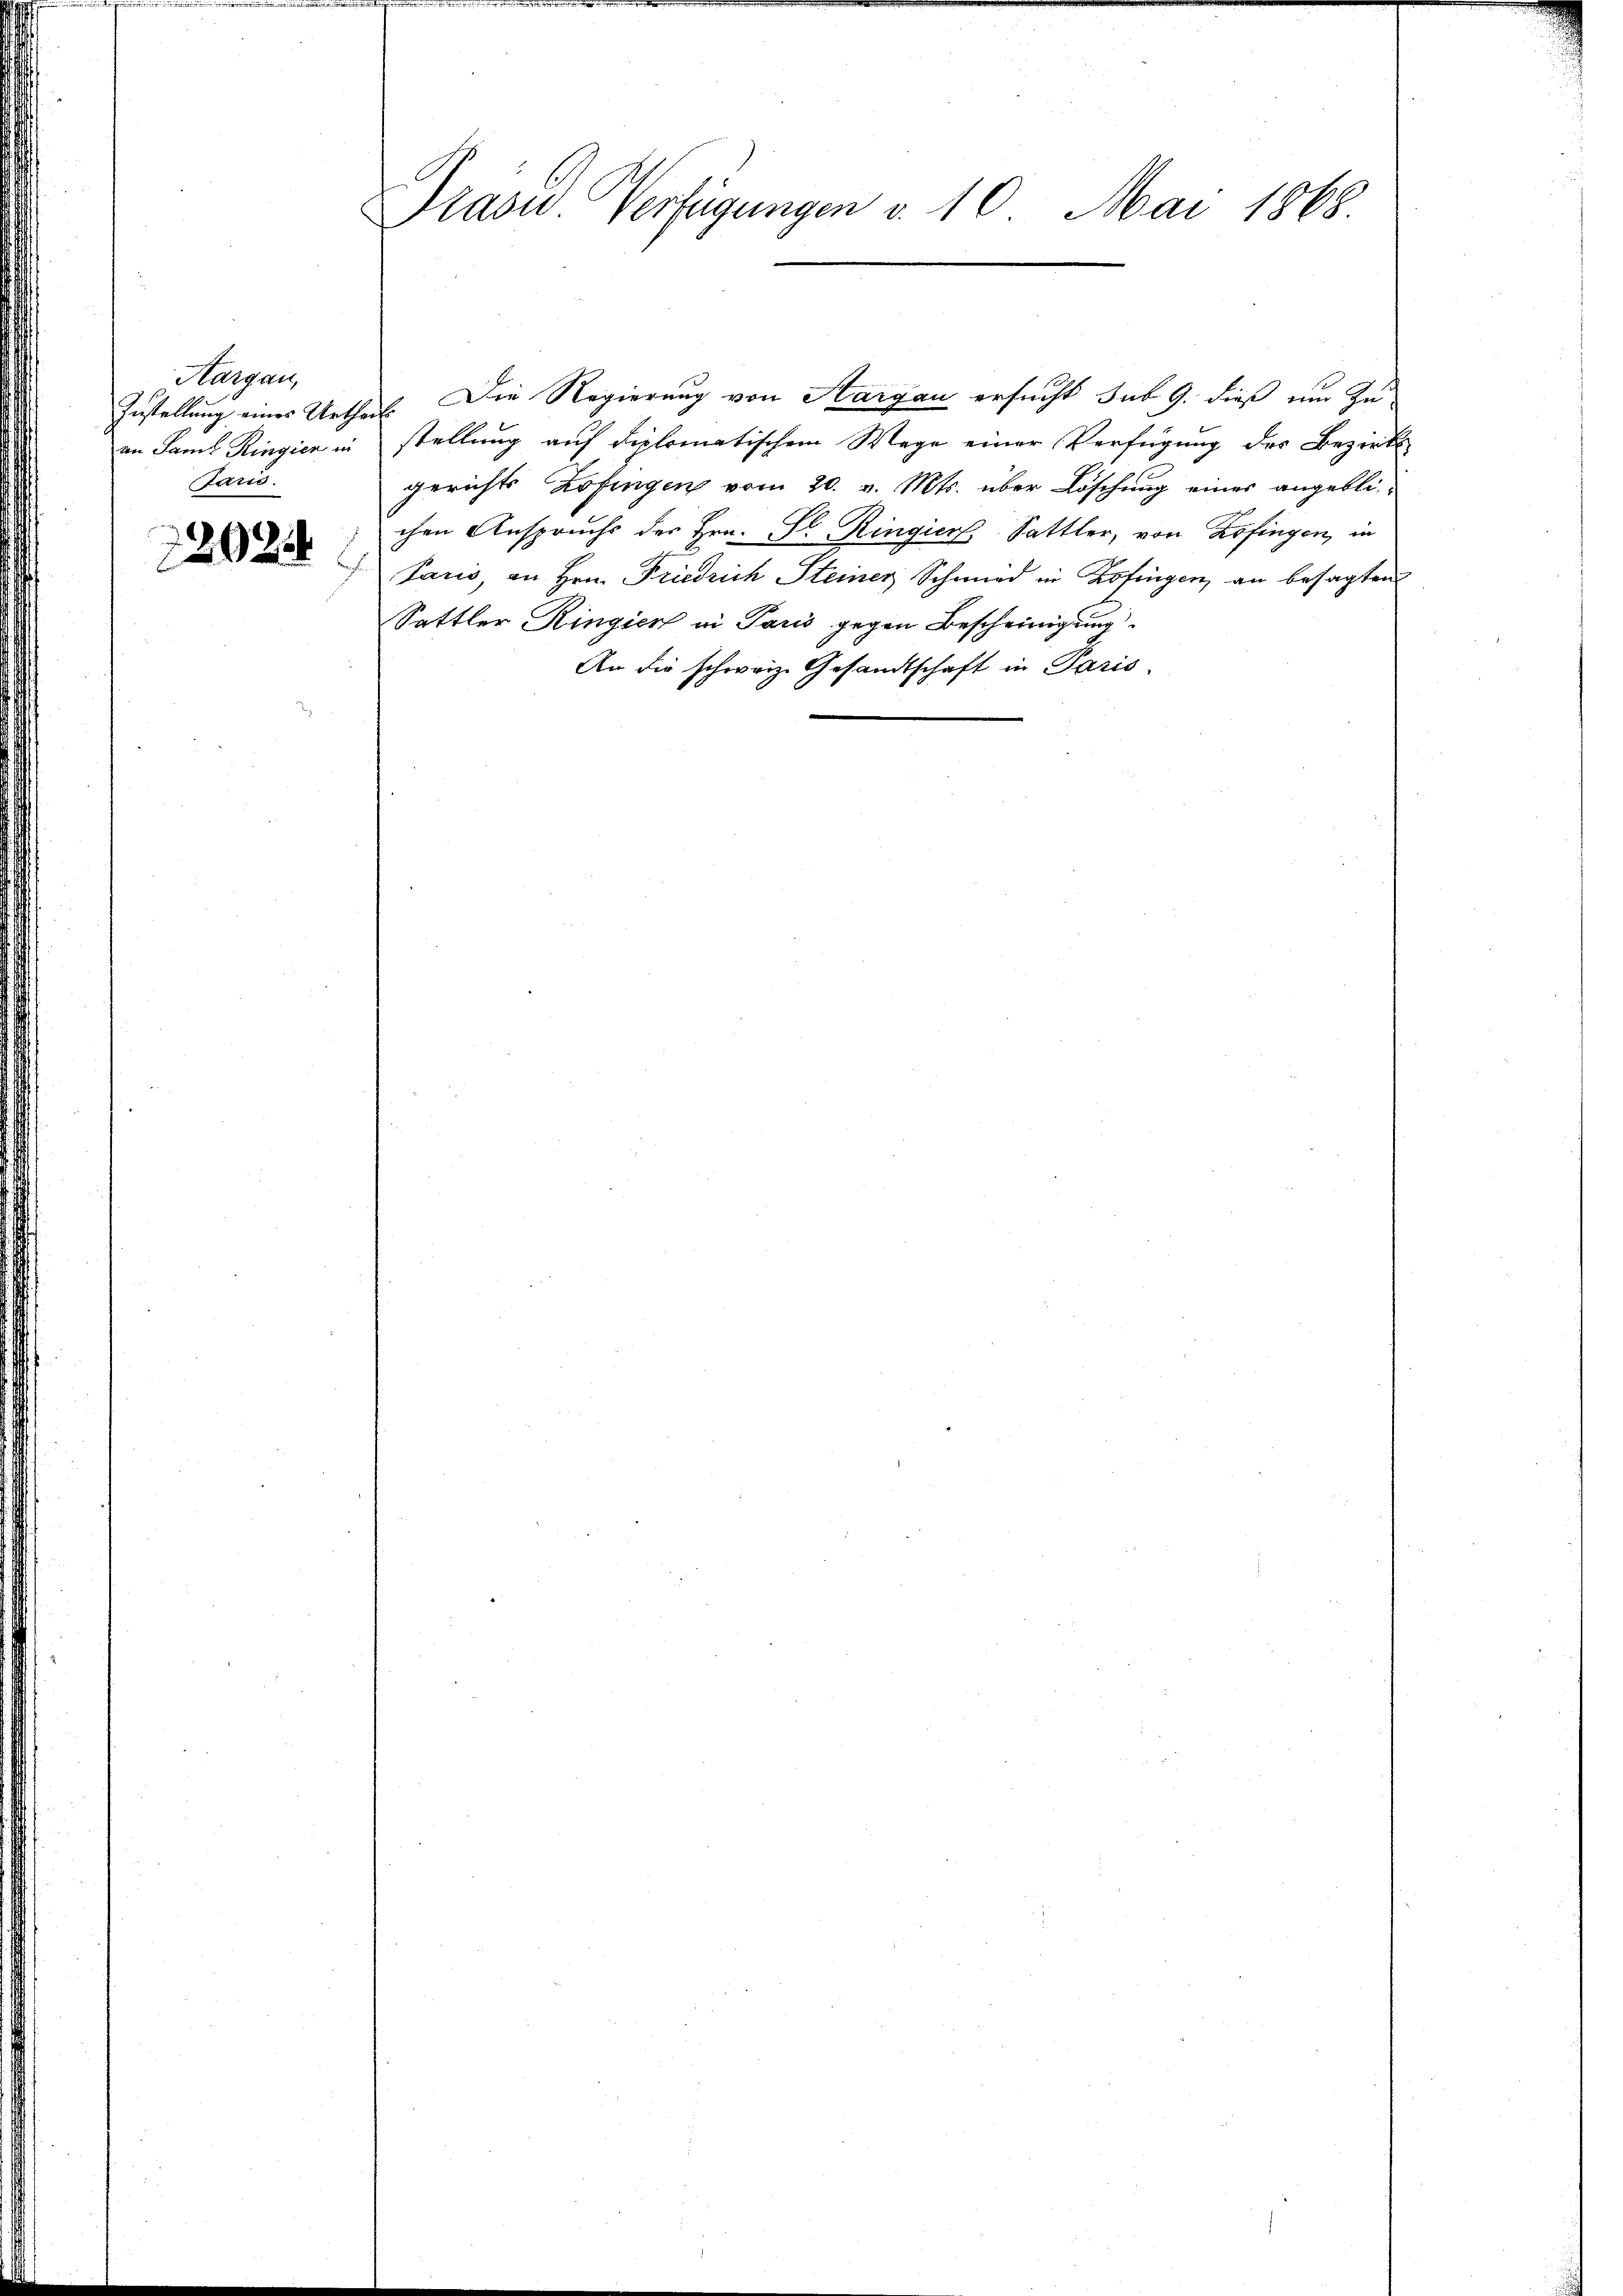
Aargau,
Instellung eines Urtheil.
Jaris.

120258

Präsid. Verfügungen v. 10. Mai 1868.

Die Regierung von Hargau ersucht sub 9. dieß um Zu-
an Samt Ringier in stellung auf diplomatischem Wege einer Verfügung des Bezirk
gerichts Zofingen vom 20. v. Mts. über Löschung eines angeblichen Anspruchs des Hrn. F. Ringiert, Sattler, von Zofingen, in
Taris, an Hrn. Friedrich Steiner Schmied in Zofingen, an besagten
Sattler Ringier in Paris gegen Bescheinigung
An die schweiz. Gesandtschaft in Paris